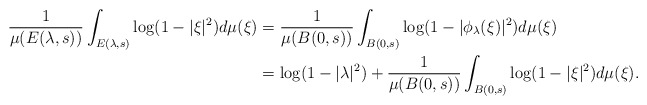
\begin{align*} \frac{1}{\mu (E(\lambda,s))}\int_{E(\lambda,s)}\log (1-|\xi|^2) d\mu(\xi)&= \frac{1}{\mu (B(0,s))}\int_{B(0,s)}\log (1-|\phi_\lambda(\xi)|^2) d\mu(\xi)\\ &= \log(1-|\lambda|^2)+\frac{1}{\mu (B(0,s))}\int_{B(0,s)}\log (1-|\xi|^2) d\mu(\xi). \end{align*}